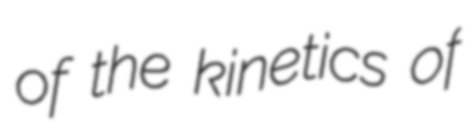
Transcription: of the kinetics of